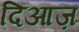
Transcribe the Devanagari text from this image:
दिआज़